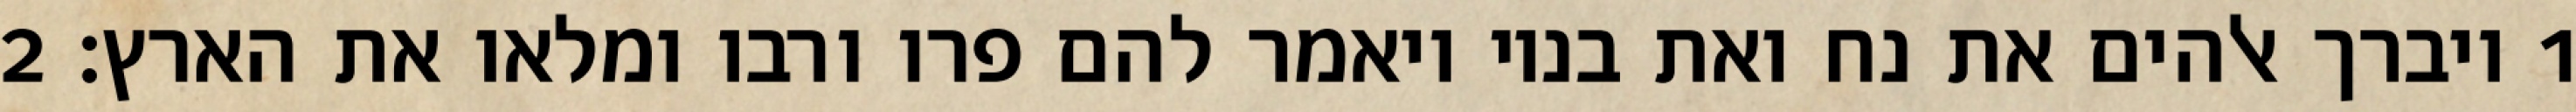
1 ויברך אלהים את נח ואת בניו ויאמר להם פרו ורבו ומלאו את הארץ׃ ‎2‏